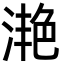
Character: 滟